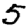
Digit: 5